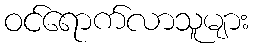
ဝင်ရောက်လာသူများ